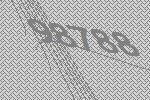
98788